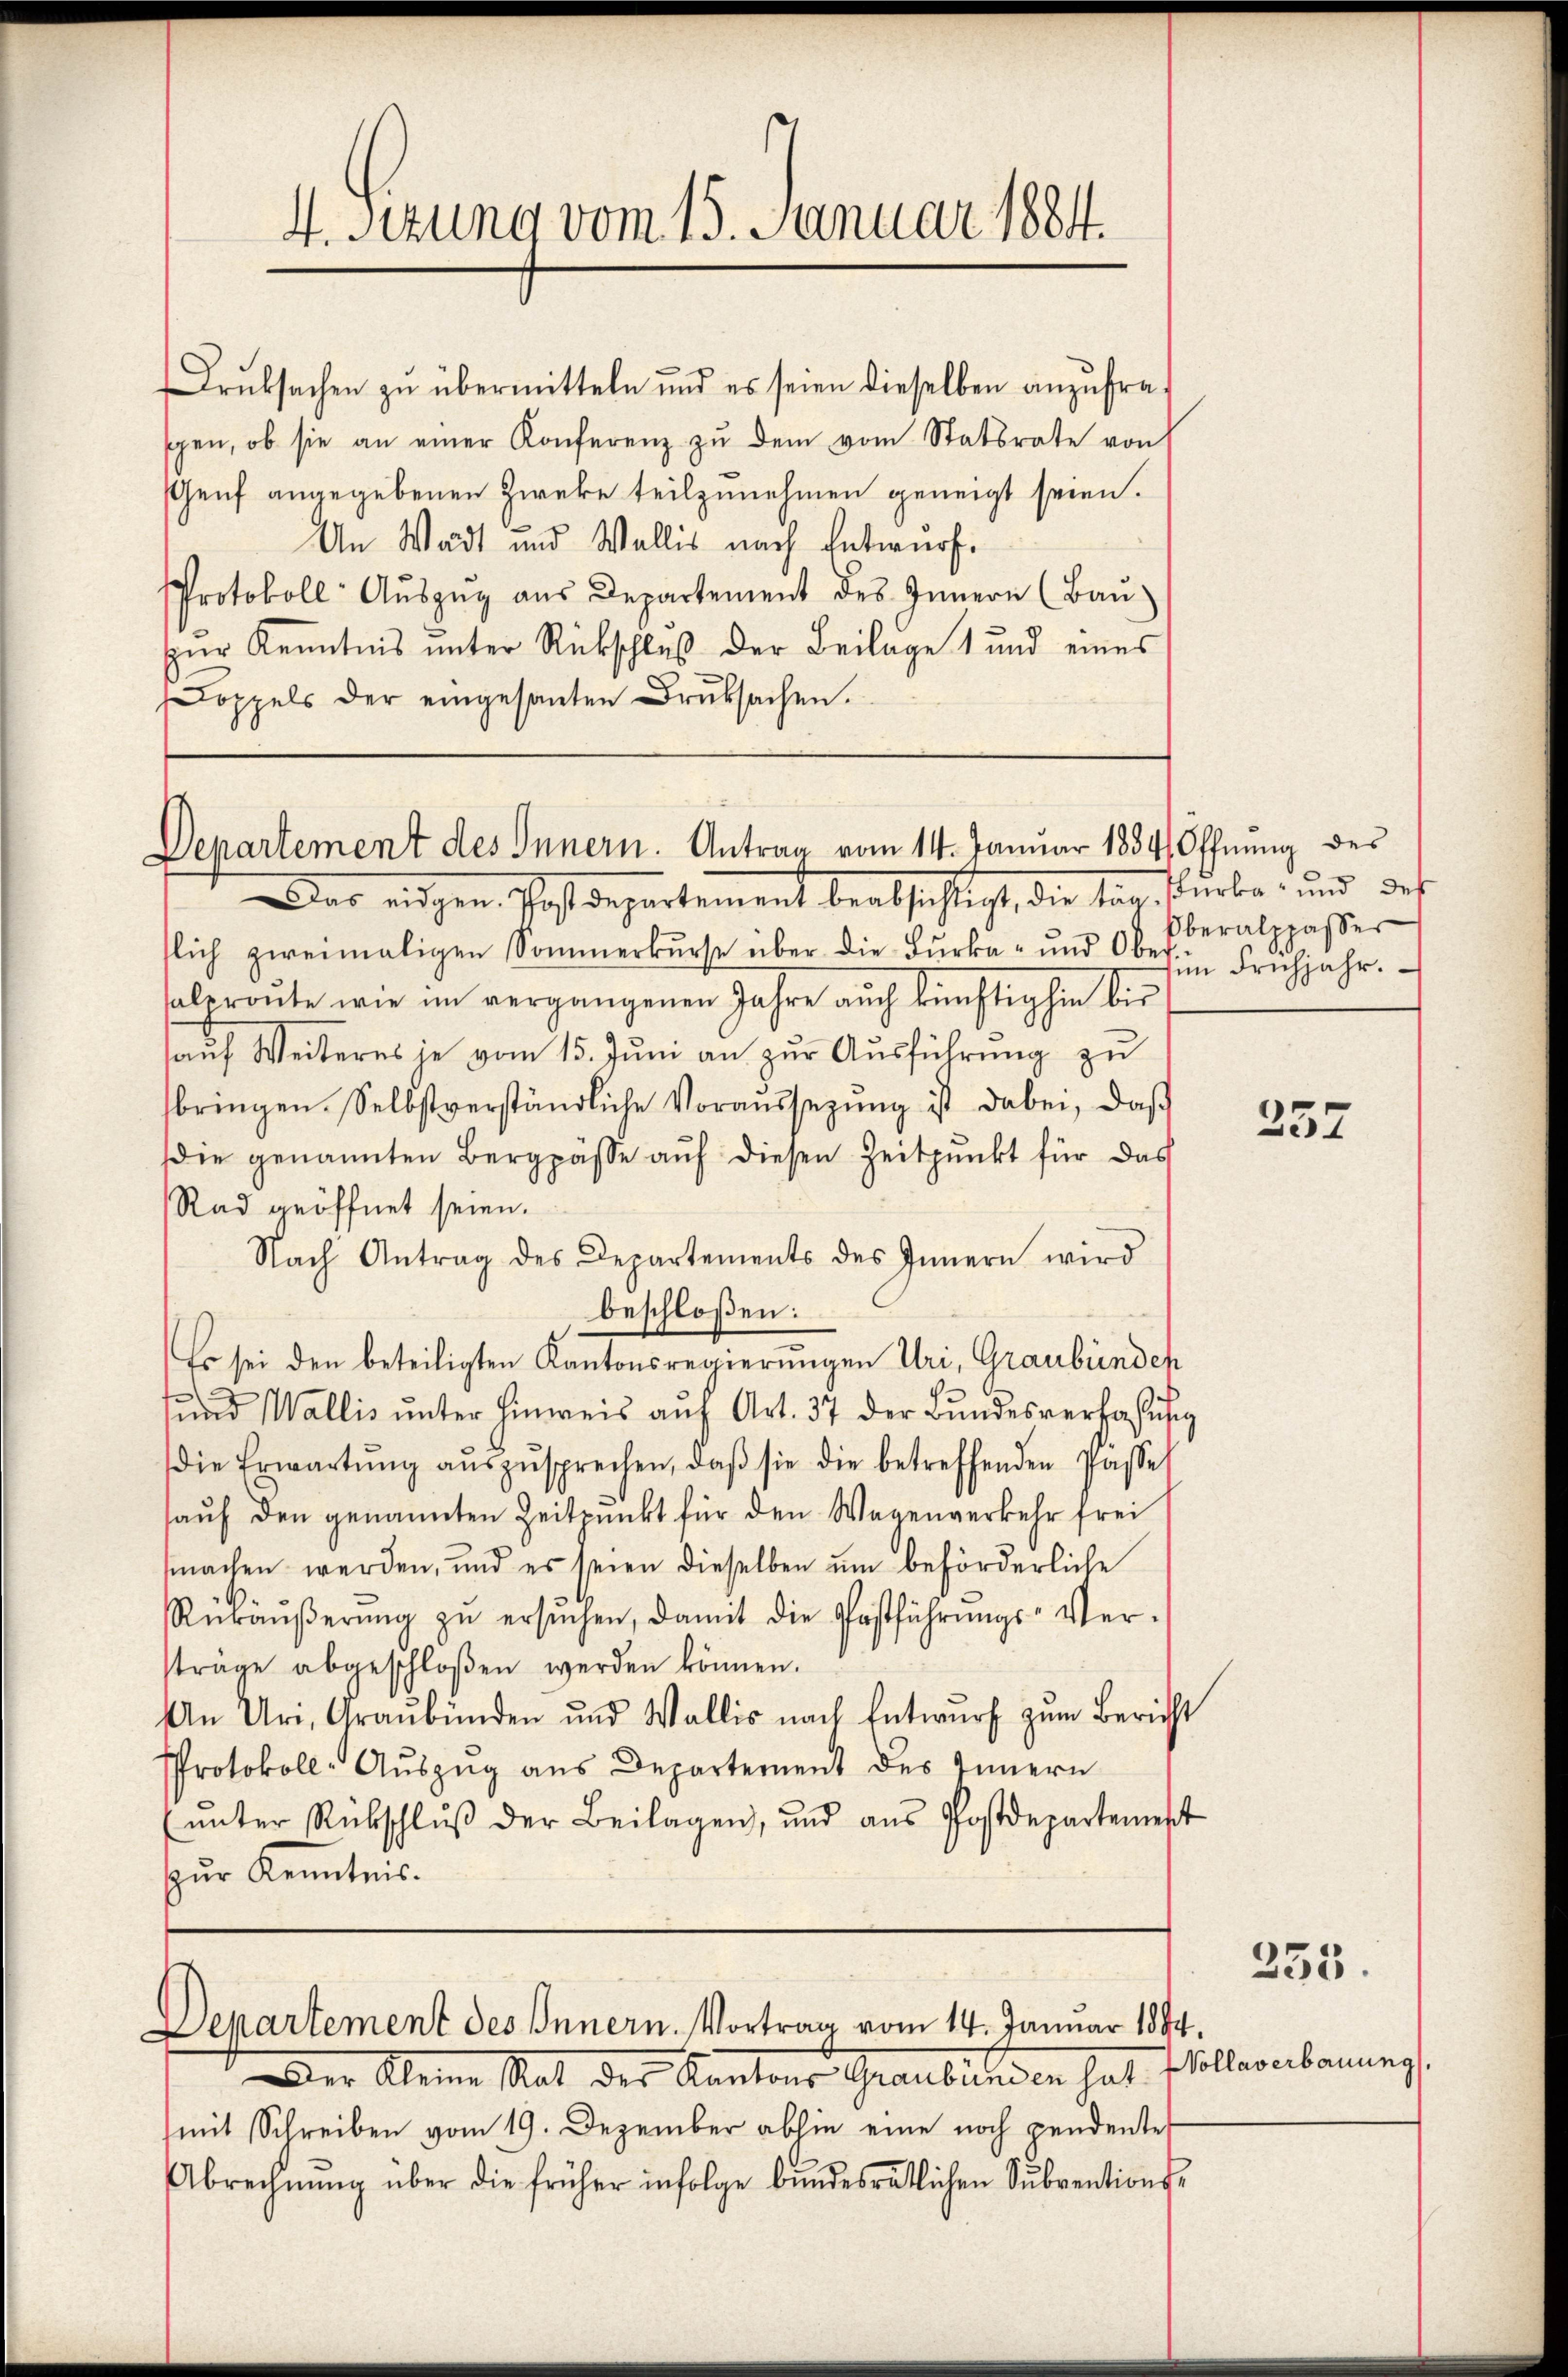
4. Sizung vom 15. Januar 1884.

Druksachen zu übermitteln und es seien dieselben anzufraspen, ob sie an einer Konferenz zŭ dem vom Statsrate von
Genf angegebenen Zweke teilzunehmen geneigt seien.
An Wadt und Wallis nach Entwurf.
Protokoll Aŭszŭg aŭs Departement des Innern (Baŭ
Zur Kenntnis unter Rückschluß der Beilage 1 und eines
doppels der eingesanten Druksachen.

Departement des Innern. Antrag vom 14. Januar 1884 Öffnung des

Departement des Innern. Vortrag vom 14. Januar 1884

Das eingen, Postdepartement beabsichtigt, die s. Kerbe, und das
tlich zweimaligen Sommerkŭrse über die Bŭrka- und Ober-Frühjahr.
salereŭte wie im vergangenen Jahre auch künftighin bis
auf Weiteres je vom 15. Juni an zur Ausführung zu
bringen Selbstverständliche Voraussezŭng ist dabei, daß
ie genannten Bergpässe auf diesen Zeitpunkt für das
Rad geöffnet seien.
Nach Antrag des Departements des Innern wird
beschloßen:
Es sei den beteiligten Kantonsregierungen Uri, Graubünden
und Wallis unter Hinweis auf Art. 37 der Bundesverfassig
die Erwartŭng aŭszŭsprechen, daβ sie die betreffenden Pässe
haŭf den genannten Zeitpunkt für den Wagenverkehr frei
machen werden, und es seien dieselben um beförderliche
Rukaŭβerŭng zŭ ersŭchen, damit die Postführŭngs-Ver-
sträge abgeschloßen werden können.
An Uri, Graubünden und Wallis nach Entwurf zum Bericht
Protokoll-Aŭszŭg aŭs Departement des Innern
ŭnter Rückschlŭβ der Beilagen, und aŭs Postdepartement
zur Kenntnis.

Oberalppasser

Der Kleine Rat der Kantons Graubünden hat.
(mit Schreiben vom 19. Dezember abhin eine noch pendente
Abrechnŭng über die früher infolge bŭndesrätlichen Sŭbventions-

257

253.

Nollaverbauung.